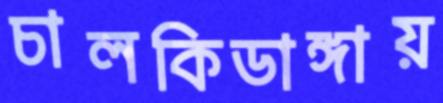
চালকিডাঙ্গায়